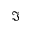
\Im